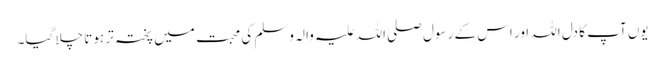
یوں آپ کا دل اللہ اور اس کے رسول صلی اللہ علیہ والہ وسلم کی محبت میں پختہ تر ہوتا چلا گیا۔